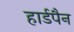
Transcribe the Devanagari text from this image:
हार्डपैन